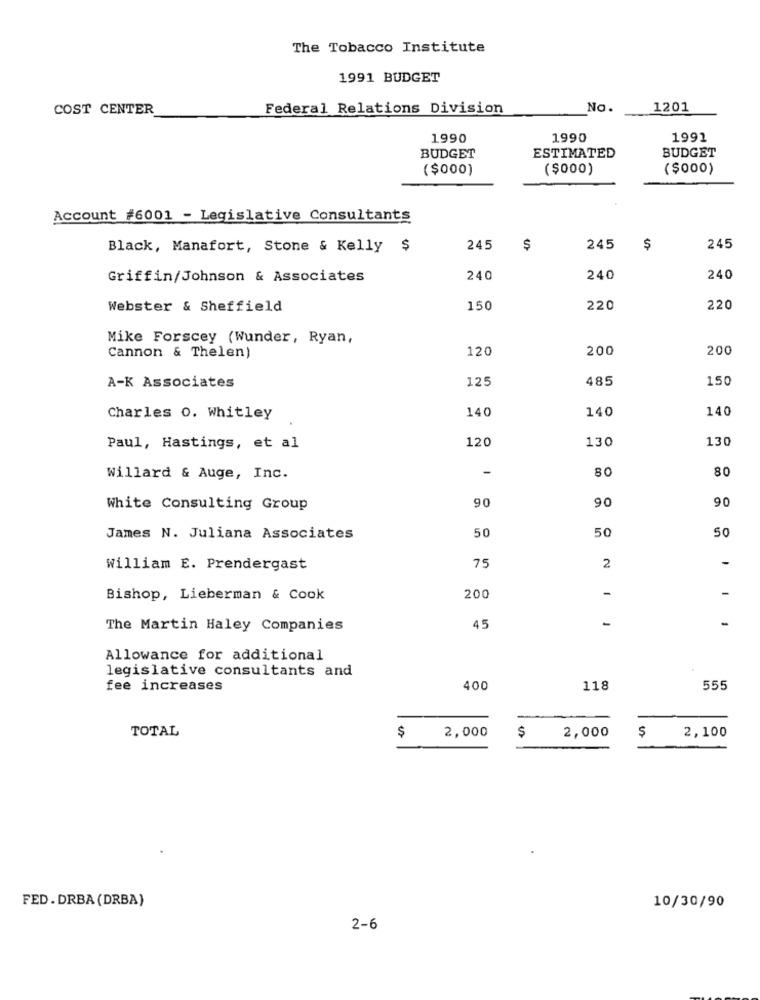
The Tobacco Institute
1991 BUDGET
COST CENTER
Federal Relations Division
No.
1201
1990
1990
1991
ESTIMATED
BUDGET
BUDGET
($000)
($000)
($000)
Account #6001 - Legislative Consultants
Black, Manafort, Stone & Kelly $
245
$
245
$
245
Griffin/Johnson & Associates
240
240
240
Webster & Sheffield
150
220
220
Mike Forscey (Wunder, Ryan,
Cannon & Thelen)
120
200
200
125
485
150
A-K Associates
140
140
140
Charles 0. Whitley
120
130
130
Paul, Hastings, et al
-
80
80
willard & Auge, Inc.
90
90
White Consulting Group
90
50
50
James N. Juliana Associates
2
William E. Prendergast
75
-
Bishop, Lieberman & Cook
200
-
-
The Martin Haley Companies
45
Allowance for additional
legislative consultants and
fee increases
400
118
555
TOTAL
2,100
$
2,000
$
2,000
FED. DRBA (DRBA)
10/30/90
2-6